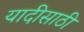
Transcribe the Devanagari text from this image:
यादीसाठी